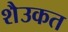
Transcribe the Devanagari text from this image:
शैउकत